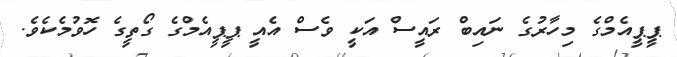
ޕީޕީއެމްގެ މިހާރުގެ ނައިބް ރައީސް އަކީ ވެސް އެއީ ޕީޕީއެމްގެ ގޯތީގެ ހޮވުމެކެވެ.